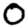
Digit: 0